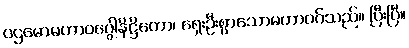
ပဌမောမဟာဝဂ္ဂေါနိဋ္ဌိတော၊ ရှေးဦးစွာသောမဟာဝဂ်သည်။ ပြီးပြီ။